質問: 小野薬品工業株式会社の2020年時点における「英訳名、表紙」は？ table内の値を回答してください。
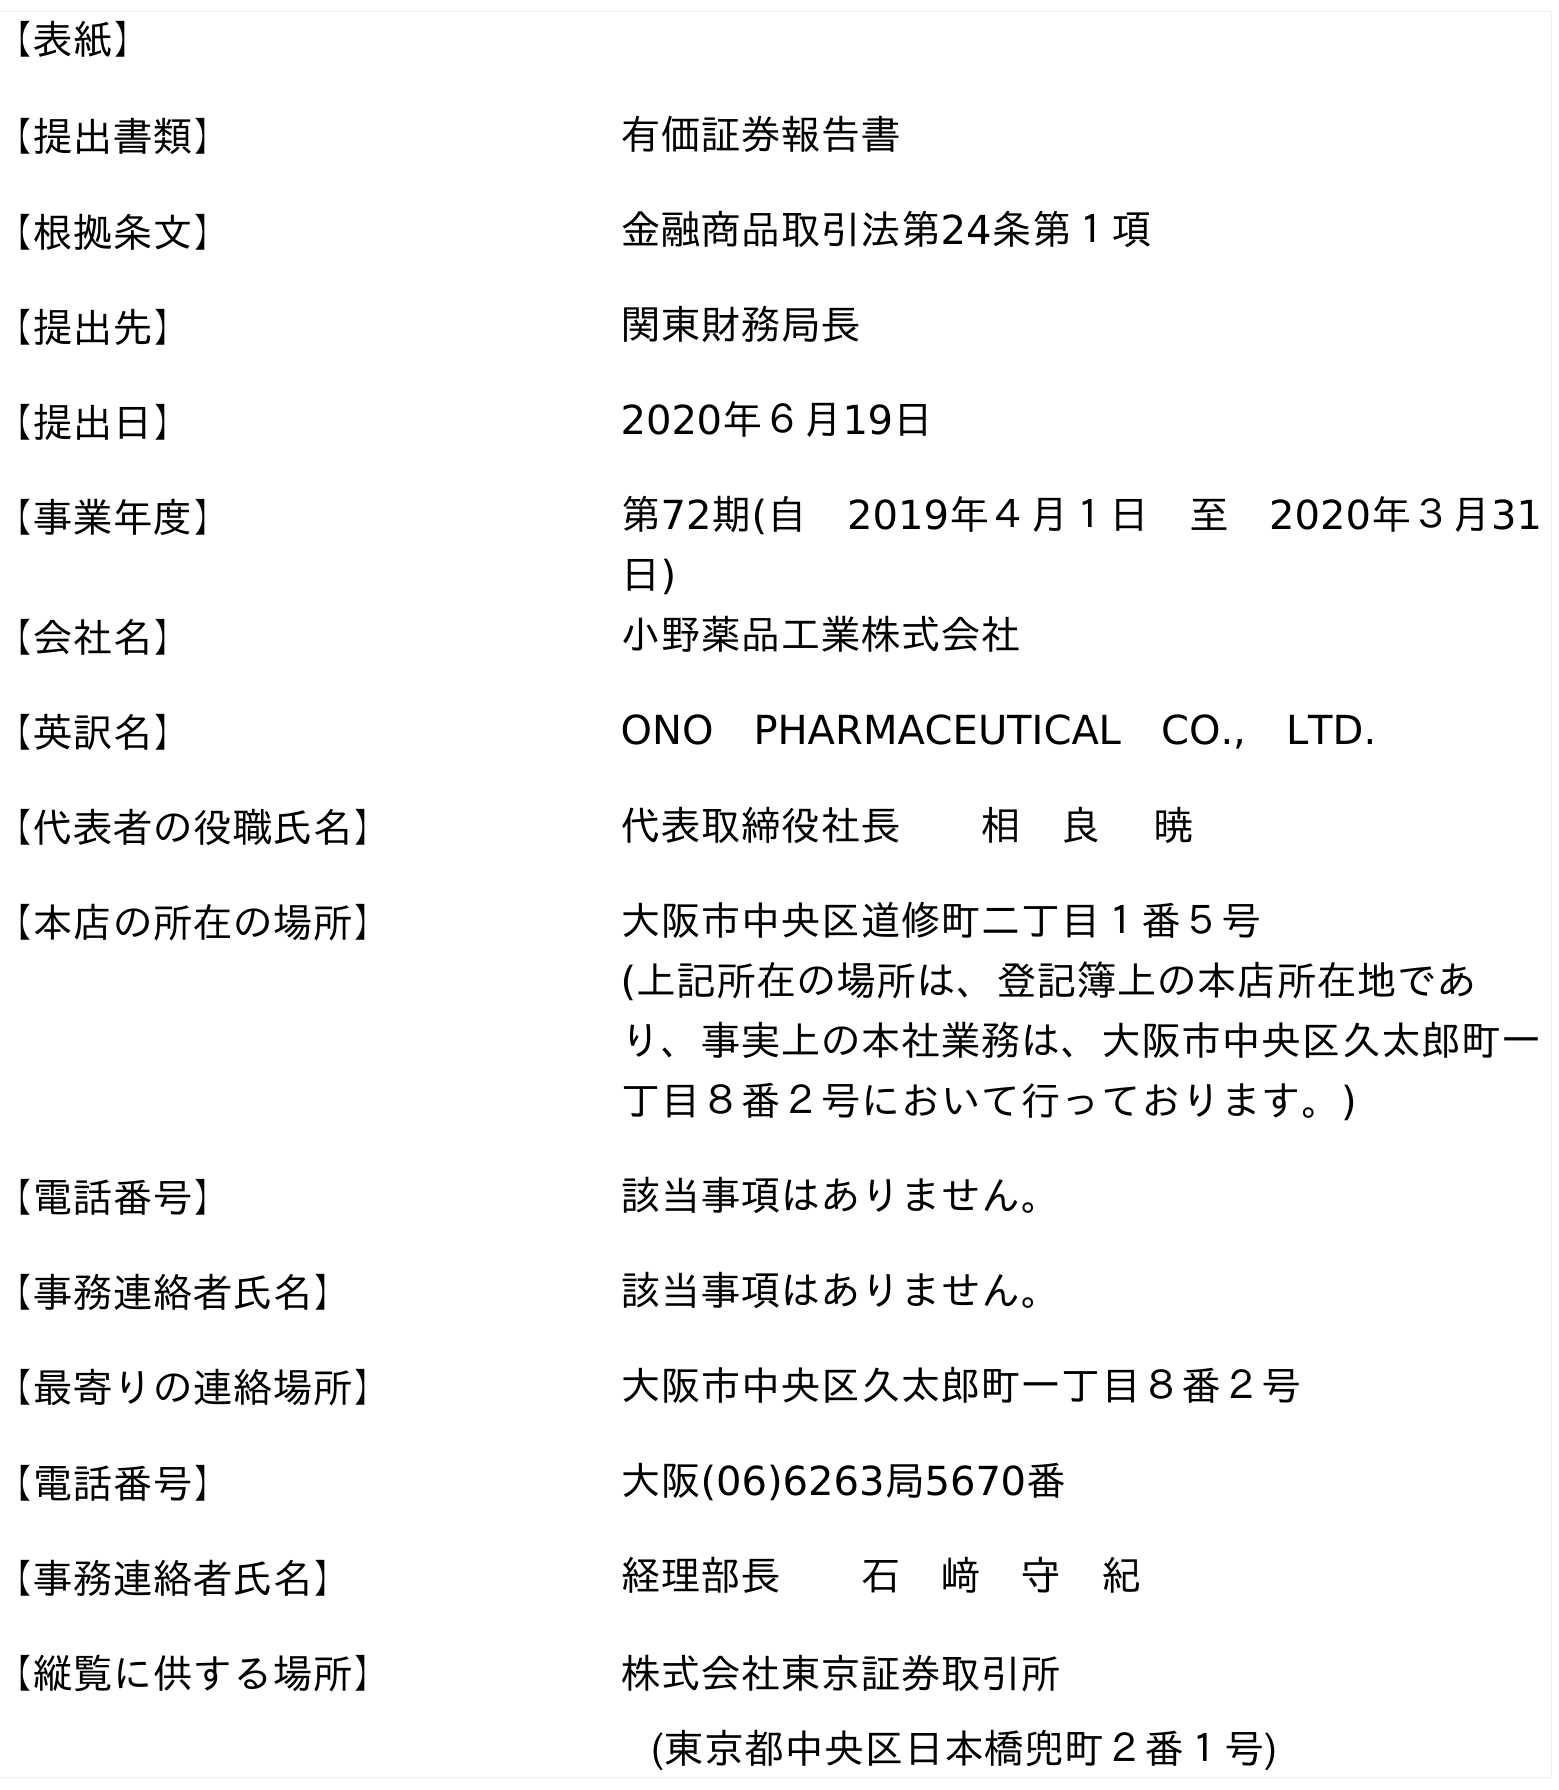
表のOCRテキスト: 【表紙】 【提出書類】 有価証券報告書 【根拠条文】 金融商品取引法第24条第１項 【提出先】 関東財務局長 【提出日】 2020年６月19日 【事業年度】 第72期(自 2019年４月１日 至 2020年３月31 日) 【会社名】 小野薬品工業株式会社 【英訳名】 ONO PHARMACEUTICAL CO., LTD. 【代表者の役職氏名】 代表取締役社長  相 良  暁 【本店の所在の場所】 大阪市中央区道修町二丁目１番５号 (上記所在の場所は、登記簿上の本店所在地であ り、事実上の本社業務は、大阪市中央区久太郎町一 丁目８番２号において行っております。) 【電話番号】 該当事項はありません。 【事務連絡者氏名】 該当事項はありません。 【最寄りの連絡場所】 大阪市中央区久太郎町一丁目８番２号 【電話番号】 大阪(06)6263局5670番 【事務連絡者氏名】 経理部長  石 﨑 守 紀 【縦覧に供する場所】 株式会社東京証券取引所 (東京都中央区日本橋兜町２番１号)
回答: ONO　PHARMACEUTICAL　CO.,　LTD.